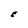
Character: E